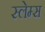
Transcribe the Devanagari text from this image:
स्लेम्स